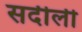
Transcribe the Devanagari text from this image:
सर्दीली